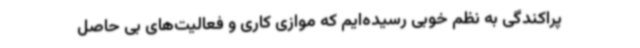
پراکندگی به نظم خوبی رسیده‌ایم که موازی کاری و فعالیت‌های بی حاصل